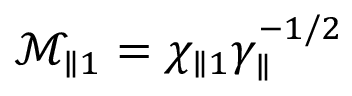
\mathcal { M } _ { \parallel 1 } = \chi _ { \parallel 1 } \gamma _ { \parallel } ^ { - 1 / 2 }